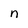
Character: n